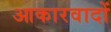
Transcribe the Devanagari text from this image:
आकारवादों